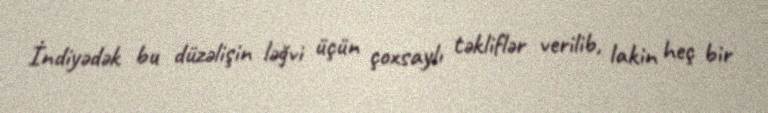
İndiyədək bu düzəlişin ləğvi üçün çoxsaylı təkliflər verilib, lakin heç bir